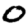
Digit: 0